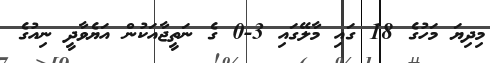
މިދިޔަ މަހުގެ 18 ގައި މާލޭގައި 3-0 ގެ ނަތީޖާއަކުން އަޔެވާދީ ނިއުގެ